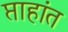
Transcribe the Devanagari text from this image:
प्ताहांत